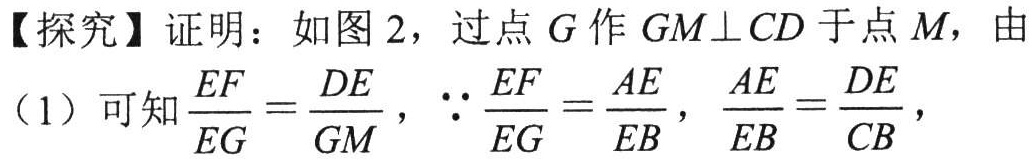
【探究】证明：如图2，过点\(G\)作\(GM\perp CD\)于点\(M\)，由
（1）可知\(\frac{EF}{EG}=\frac{DE}{GM}\)，\(\because\frac{EF}{EG}=\frac{AE}{EB}\)，\(\frac{AE}{EB}=\frac{DE}{CB}\)，